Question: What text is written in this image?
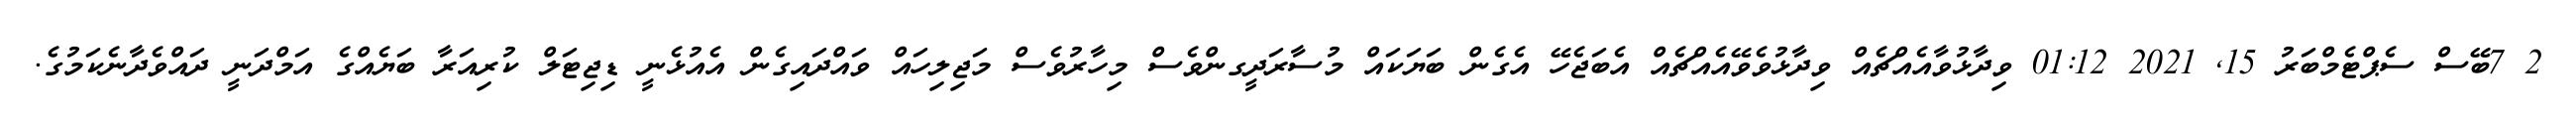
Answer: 2 7ބޭސް ސެޕްޓެމްބަރު 15, 2021 01:12 ވިދާޅުވާއެއްޗެއް ވިދާޅުވެވޭއެއްޗެއް އެބަޖެހޭ އެގެން ބަޔަކައް މުސާރަދީގންވެސް މިހާރުވެސް މަޖިލިހައް ވައްދައިގެން އެއުޅެނީ ޑިޖިޓަލް ކުރިއަރާ ބަޔެއްގެ އަމްދަނީ ދައްވެދާނެކަމުގެ.